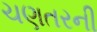
ચણતરની